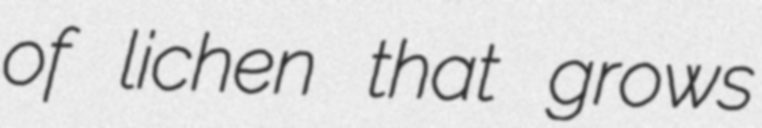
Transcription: of lichen that grows